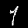
Label: 1